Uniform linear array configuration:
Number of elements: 12
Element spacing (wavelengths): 1
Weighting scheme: exponential
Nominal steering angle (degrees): -15
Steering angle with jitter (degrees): -14.54
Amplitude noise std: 0.05
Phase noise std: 0.05

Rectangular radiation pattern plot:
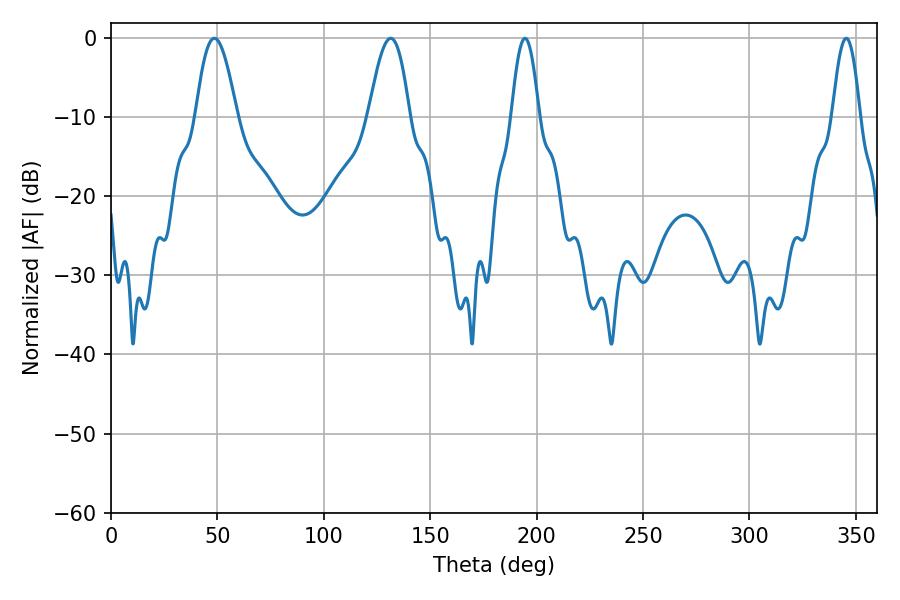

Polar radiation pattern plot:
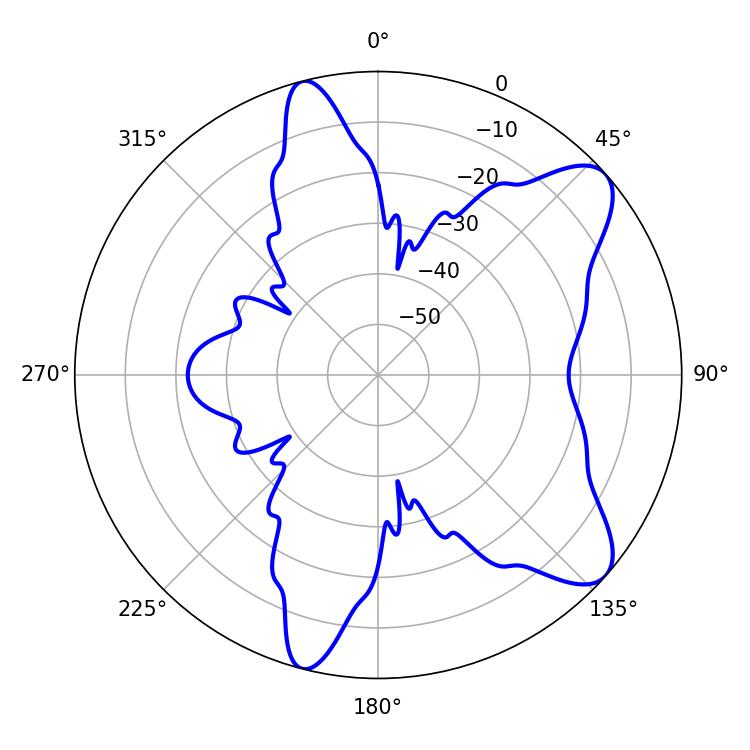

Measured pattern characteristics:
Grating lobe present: TRUE
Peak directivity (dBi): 9.033
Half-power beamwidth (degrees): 10.44
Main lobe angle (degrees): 48.6